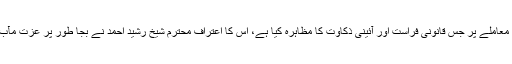
عدالت عظمیٰ نے ملک و قوم کے لئے بنیادی اہمیت کے حامل دستوری معاملے پر جس قانونی فراست اور آئینی ذکاوت کا مظاہرہ کیا ہے، اس کا اعتراف محترم شیخ رشید احمد نے بجا طور پر عزت مآب چیف جسٹس آصف سعید کھوسہ کو ’نظریاتی جج‘ قرار دے کر کیا ہے۔